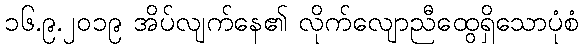
၁၆.၉.၂၀၁၉ အိပ်လျက်နေ၏ လိုက်လျောညီထွေရှိသောပုံစံ